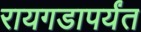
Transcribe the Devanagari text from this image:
रायगडापर्यंत